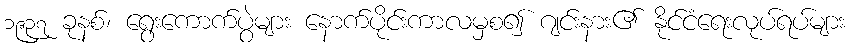
၁၉၃၇ ခုနစ်၊ ရွေးကောက်ပွဲများ နောက်ပိုင်းကာလမှစ၍ ဂျင်းနား၏ နိုင်ငံရေးလုပ်ရပ်များ